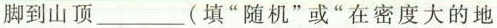
脚到山顶___(填“随机”或“在密度大的地